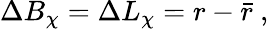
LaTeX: \Delta B_{\chi}=\Delta L_{\chi}=r-\bar{r}~,